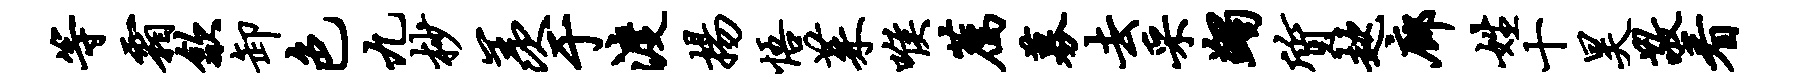
等霜歙卸色九杪羡于渡扬悟茱喉荐募去采蠲质趑廊姓十昊敬看